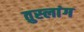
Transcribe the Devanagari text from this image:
तुस्‍लांग